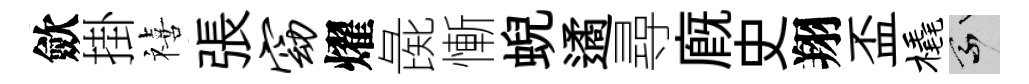
歛掛禧張窈燿彘慚蜺遹尋廐史翔盃橇乘